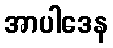
အာပါဒေန